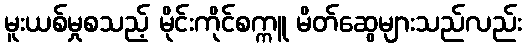
မူးယစ်မှုစသည့် မိုင်းကိုင်စက္ကူ မိတ်ဆွေများသည်လည်း